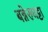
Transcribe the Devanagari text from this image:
बन्नेरुघट्टा